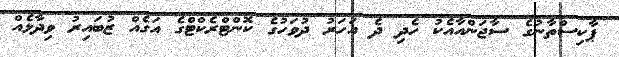
ޕާކިސްތާނުގެ ސާޖަންއާއެކު ހެދި ދެ އަހަރު ދުވަހުގެ ކޮންޓްރެކްޓްގެ އަގެއް ޒުބައިރު ވިދާޅެއް